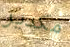
مكدير